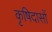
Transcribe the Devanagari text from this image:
कृषिदासों